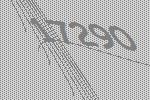
17290